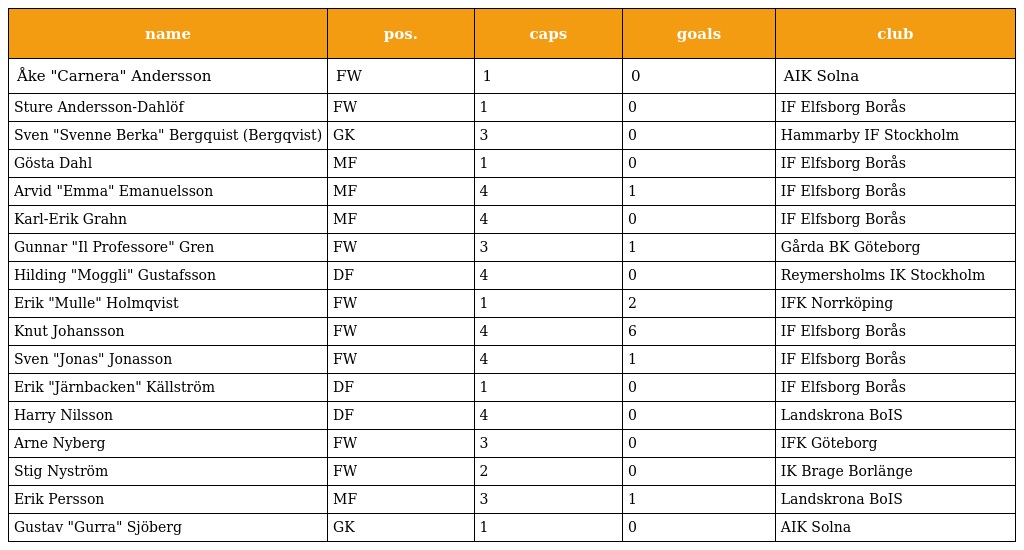
| name | pos. | caps | goals | club |
 | --- | --- | --- | --- | --- |
 | Åke "Carnera" Andersson | FW | 1 | 0 | AIK Solna |
 | Sture Andersson-Dahlöf | FW | 1 | 0 | IF Elfsborg Borås |
 | Sven "Svenne Berka" Bergquist (Bergqvist) | GK | 3 | 0 | Hammarby IF Stockholm |
 | Gösta Dahl | MF | 1 | 0 | IF Elfsborg Borås |
 | Arvid "Emma" Emanuelsson | MF | 4 | 1 | IF Elfsborg Borås |
 | Karl-Erik Grahn | MF | 4 | 0 | IF Elfsborg Borås |
 | Gunnar "Il Professore" Gren | FW | 3 | 1 | Gårda BK Göteborg |
 | Hilding "Moggli" Gustafsson | DF | 4 | 0 | Reymersholms IK Stockholm |
 | Erik "Mulle" Holmqvist | FW | 1 | 2 | IFK Norrköping |
 | Knut Johansson | FW | 4 | 6 | IF Elfsborg Borås |
 | Sven "Jonas" Jonasson | FW | 4 | 1 | IF Elfsborg Borås |
 | Erik "Järnbacken" Källström | DF | 1 | 0 | IF Elfsborg Borås |
 | Harry Nilsson | DF | 4 | 0 | Landskrona BoIS |
 | Arne Nyberg | FW | 3 | 0 | IFK Göteborg |
 | Stig Nyström | FW | 2 | 0 | IK Brage Borlänge |
 | Erik Persson | MF | 3 | 1 | Landskrona BoIS |
 | Gustav "Gurra" Sjöberg | GK | 1 | 0 | AIK Solna |